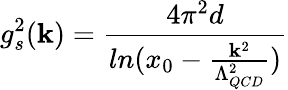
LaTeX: g_{s}^{2}(\mathbf{k})=\frac{{4\pi^{2}d}}{{ln(x_{0}-\frac{{\mathbf{k}^{2}}}{{\Lambda_{QCD}^{2}}})}}